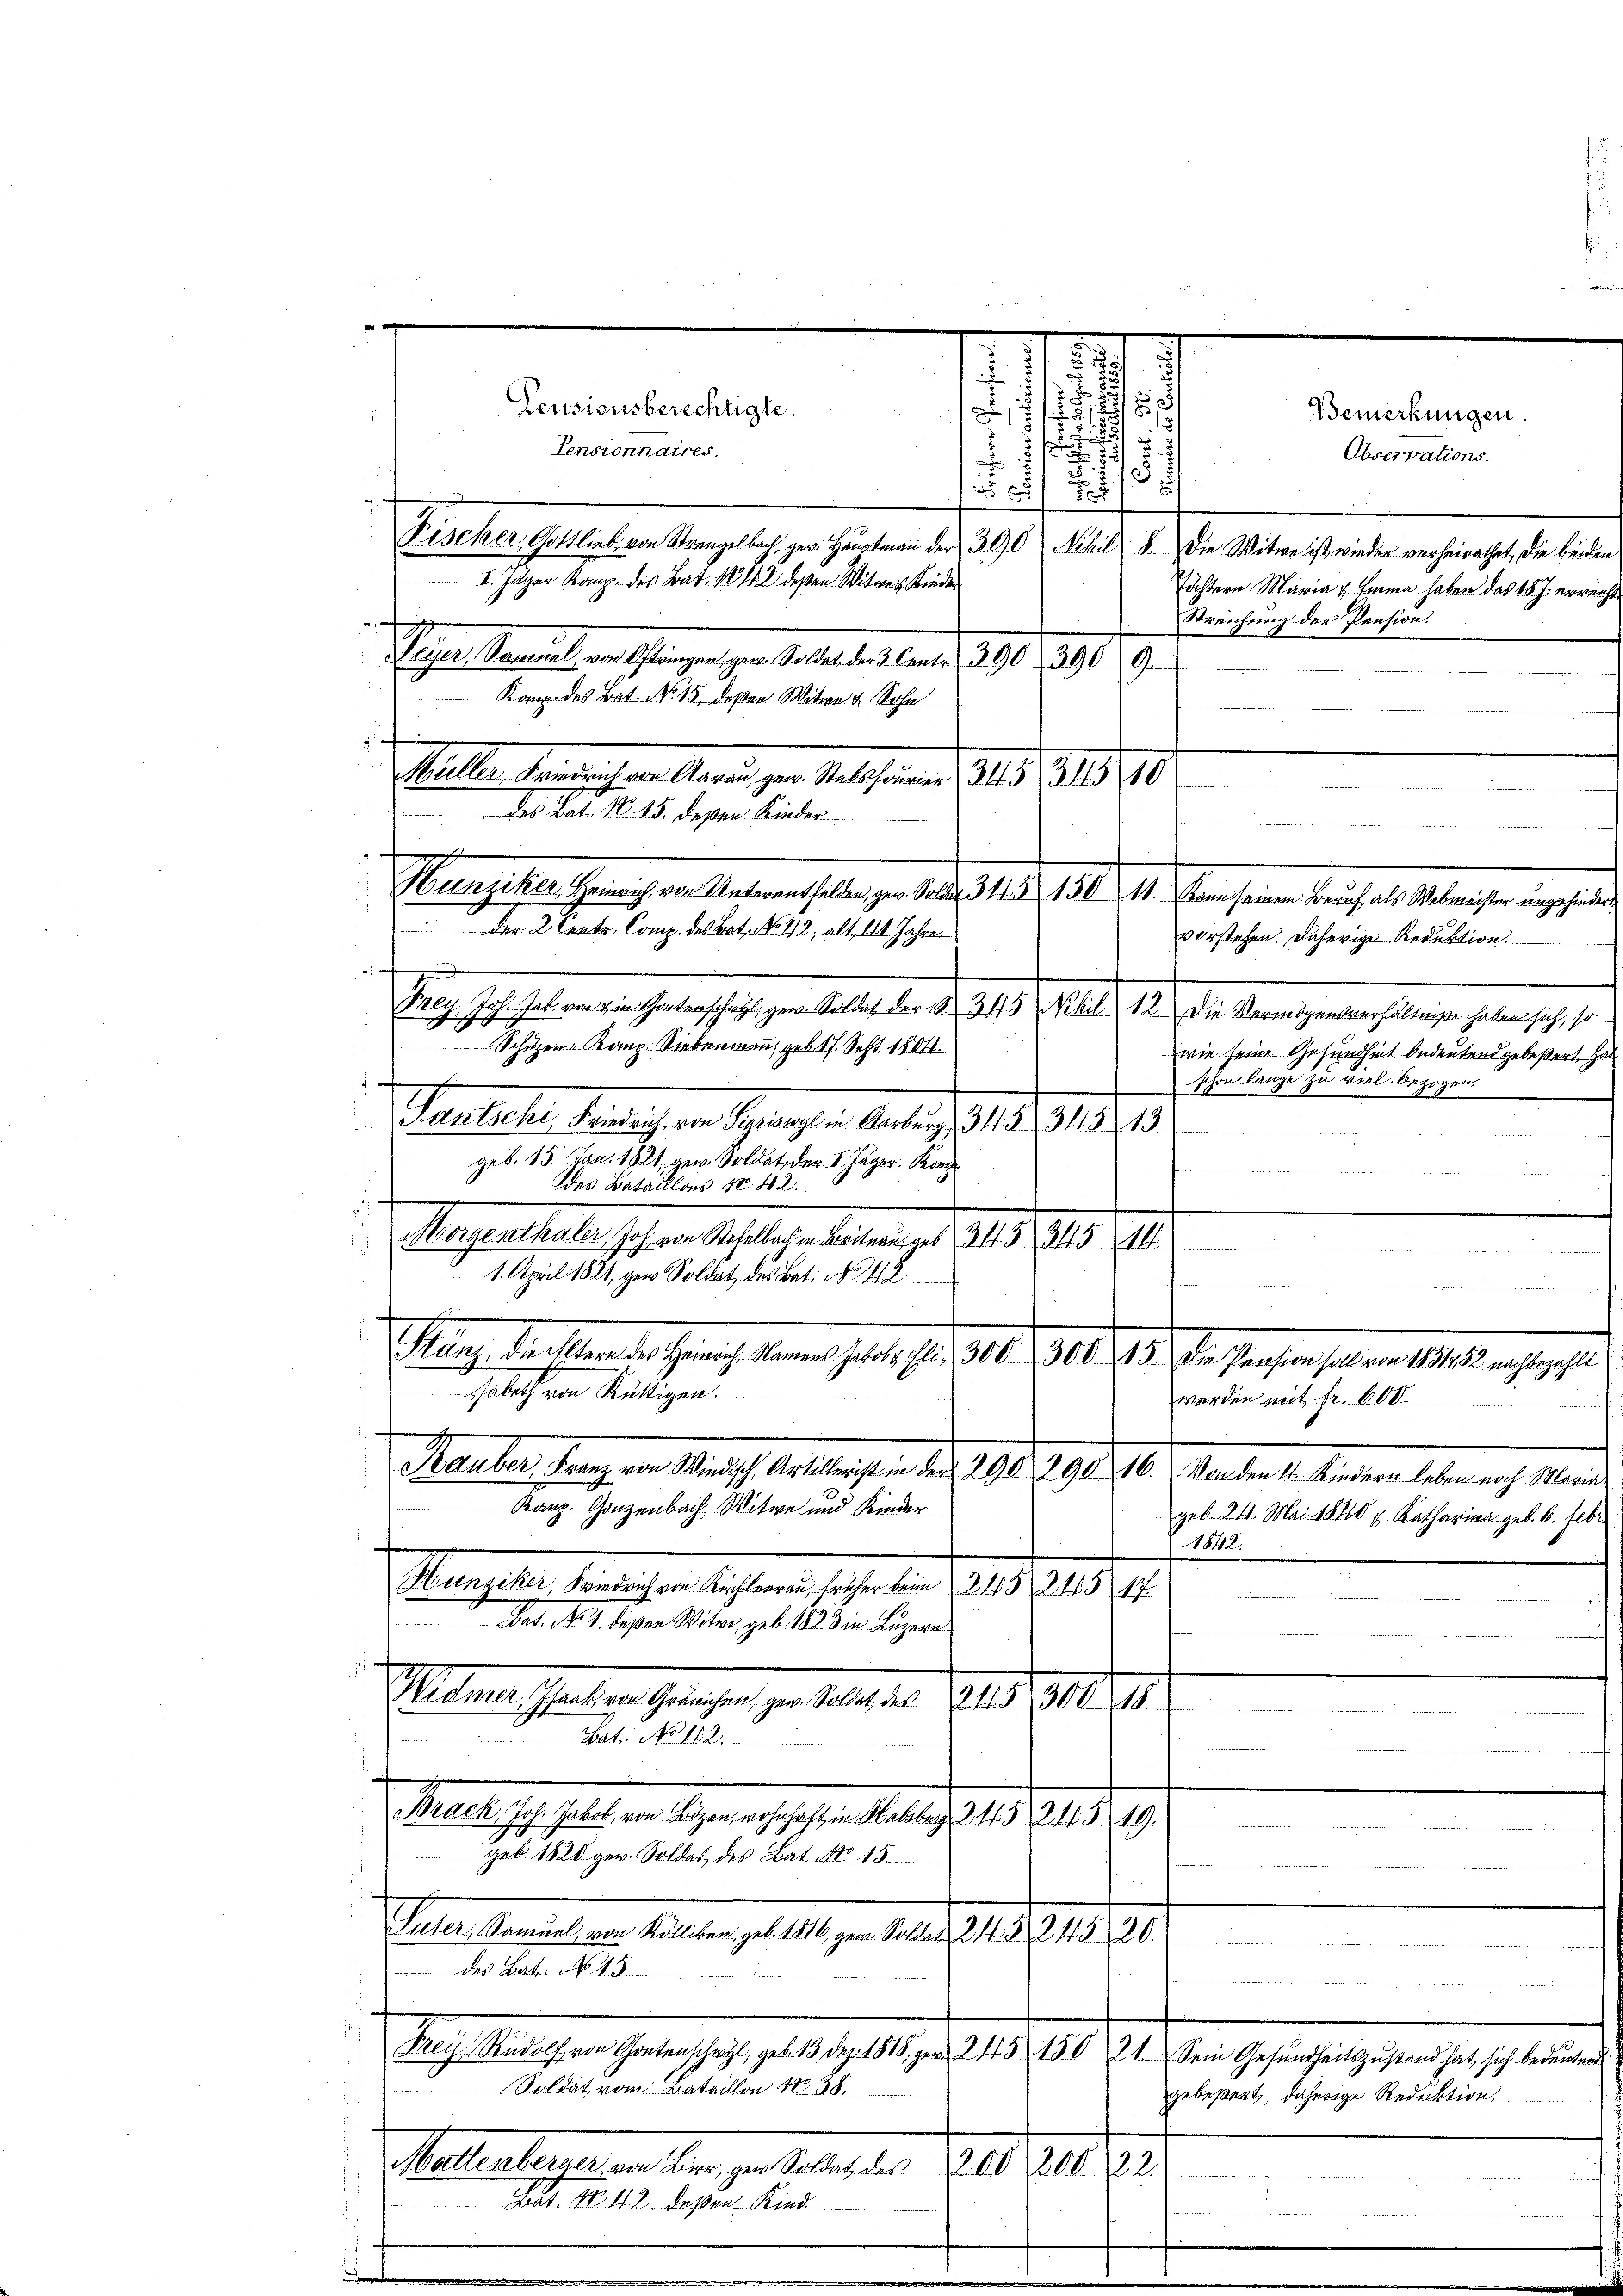
Pensionsberechtigte.
Pensionnaires.
I. Jäger Kanz. des Bat. 12 f. 2 deßen Witweis Kinden
Gegensterialen Gangen zur Vertreten den d. 1890. 191. 9.
Kanz des Bat. No. 15, deßen Witwe u. Sohn
Gellen Heinrichen Mangen der Mal seiner 1818. 318. 90
des Ges. No. 15. deßen Kinder

u
der 2. Centr. Comp. des Bat. No 112, alt, 114 Jahre
a
f

e

.
e
.
¬
3
 xx
Fischer Gottlieb von Strengelbach, ger. Hauptmaṅ der 300 Nchil 8. Die Witwe ist, wieder verheirathet, die beiden
Töchtern Maria u. Emma haben das 15 J. erreicht
Streichung der Pension.

.
Nachsenschweigen haben haben u. 12. 18. 1941. 14. den seine beschen Abweichen geste
vorstehen. Daherige Reduktion
G. Joh. Job. von im Gartenschaft, gew. Soldat der S. 343 Phil 12. Die Vermögensverhältniße haben sich, so
Schutzen-Komp. Siebenmann, geb. 17. Sept. 1804.
wie seine Gesundheit bedeutend gebeßert, Ha
schon lange zu viel bezogen.
Hantschen Zürich in Schweigen Antrag d. d. 219. 10

f

,

18

d
geb. 15. Jan. 1821, gew. Soldat, der I Jäger Kon
des Bataillons No. 42.
Magenthalte ich an beheliche der einiger 1815. 1819. 1910.
1. April 1821, gen Soldat, des Bat: No 142.
Mange diesen die hing, denen gelte er 1810. 1941. 19. Einsensten seinen Man sie
zabeth von Rüttigen.
Maelen Tag in Marth erlesen d. 1290. 1910. 10. Manden 1. Matern eben u. Mai
Kanz. Ganzenbach, Witwe und Kinder
Machten, den eigen sichen sehenden 101 f. 1818. 14.
Bat. No. 1. deßen Witwe, geb. 1828 in Luzern
Mitmeistenten Gerechen zu belasten Peter 1818. 18
Bat. No 112.
Seele u. heute in Gegen ist es sei aber 1819. 219.
19.

geb. 1820 ger. Soldat des Bat. No 15.
Peter Menschen Altern zu 12. an des 15. 1890.
des Bat. No 45
f
Sache beschen genanstag 1289 1890 n 19. 191. 21. den Gesuchen sein gericht einen
Soldat vom Bataillon No. 38.
Mallerlegten an den zu denen a
Patenten
Bat. N. 112. deßen Kind

werden mit Fr. 600.
e
                  z
n
gebeßert, daherige Reduktion.

1842.

Bemerkungen.
Observations.

geb. 24. Mai 1840 p. Katharina geb. 6. Febr